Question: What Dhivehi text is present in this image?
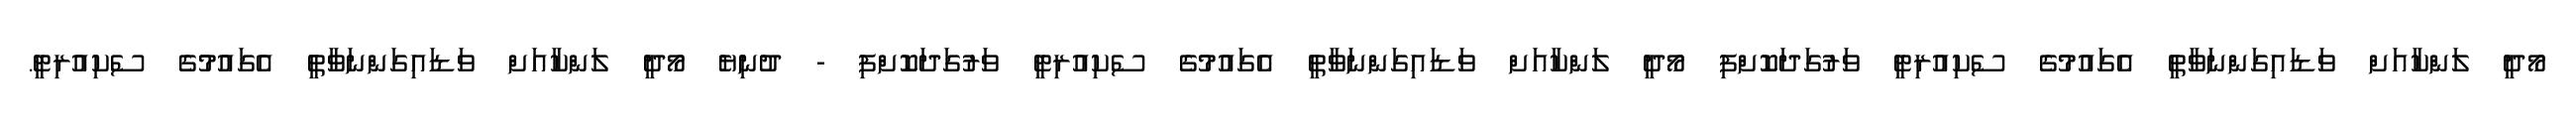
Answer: މޯދީ ލަންކާއަށް ވަޑައިގަންނަވާތީ އެގައުމުގެ ސެކިއުރިޓީ ވަރުގަދަކޮށްފި މޯދީ ލަންކާއަށް ވަޑައިގަންނަވާތީ އެގައުމުގެ ސެކިއުރިޓީ ވަރުގަދަކޮށްފި - ދުނިޔެ މޯދީ ލަންކާއަށް ވަޑައިގަންނަވާތީ އެގައުމުގެ ސެކިއުރިޓީ.